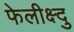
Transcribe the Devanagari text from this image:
फेलीक्ष्दु